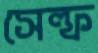
সেল্ফ